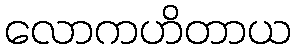
လောကဟိတာယ